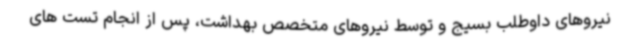
نیروهای داوطلب بسیج و توسط نیروهای متخصص بهداشت، پس از انجام تست های